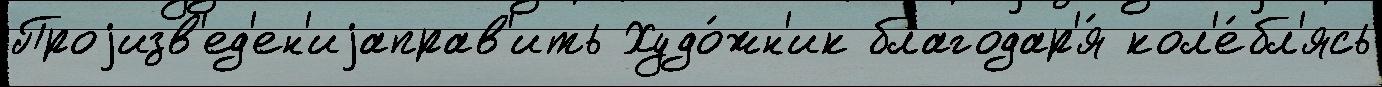
Проjизв'ед'ен'иjаправ'ить Худо́жн'ик благодар'я́ кол'е́бл'ясь